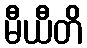
မီယီတိ